Annual report on the health of the army in India
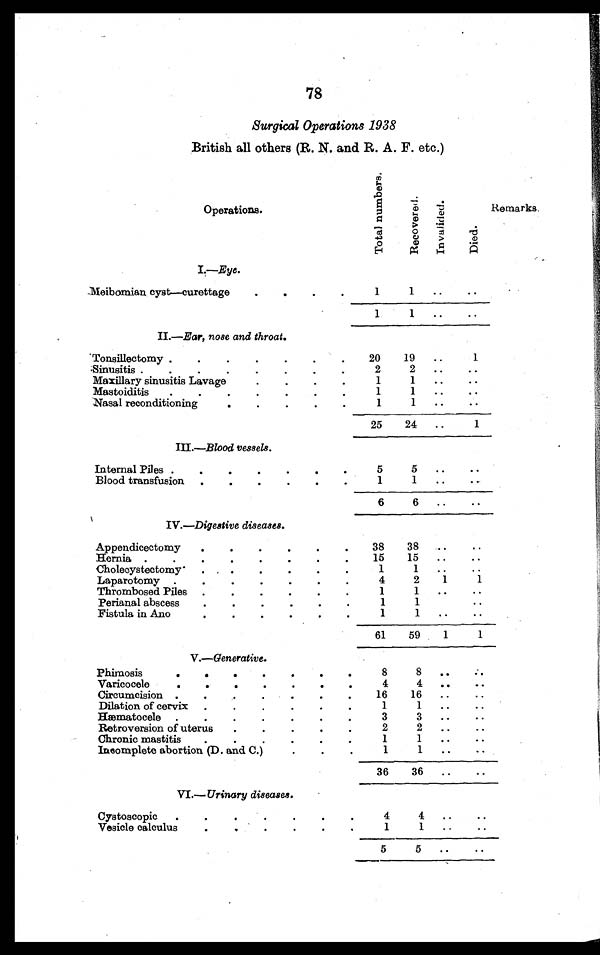
78
Surgical Operations 1938
British all others (R. N. and R. A. F. etc.)
Operations.
T o t a l n u m b e r s .
R e c o v e r e d .
I n v a l i d e d .
D i e d .
Remarks.
I.—Eye.
Meibomian cyst—curettage . . .
1
1
. . .
. . .
1
1
. . .
. . .
II.—Ear, nose and throat.
Tonsillectomy . . .
20
19
. . .
1
2
2
. . .
1
Sinusitis . . .
1
1
Maxillary sinusitis Lavage . . .
. . .
. . .
1
1
Mastoiditis . . .
. . .
. . .
1
1
Nasal reconditioning . . .
. . . . . .
25
24
. . .
1
III. —Blood vessels.
Internal Piles . . .
5
5
. . .
. . .
1
1
Blood transfusion . . .
. . .
. . .
6
6
. . .
. . .
IV.—Digestive diseases.
Appendicectomy . . .
38
38
. . .
. . .
15
15
. . .
. . .
Hernia . . .
1
1
. . . . .
. . .
Cholecystectomy. . .
1
2
1
4
Laparotomy . . .
1
1
Thrombosed Piles . . .
. . .
. . .
1
1
Perianal abscess . . .
. . .
. . .
1
1
F i s t u l a i n A n o . . .
. . .
. ..
61
59
1
1
V.—Generative.
Phimosis . . .
8
8
. . .
. . ..
Varicocele . . .
4
4
. . .
. . .
16
16
Circumcision . . .
. . .
. . .
1
1
Dilation of cervix . . .
. . .
. . .
3
3
Hæmatocele . . .
. . .
. . .
2
2
Retroversion of uterus . . .
. . .
. . .
1
1
Chronic mastitis . . .
. . .
. . . . . .
1
1
Incomplete abortion (D. and C.) . . .
. . .
. . .
36
36
. . .
. . .
VI.— Urinary diseases.
Cystoscopic . . .
4
4
. . . . . .
1
1
Vesicle calculus . . .
. . . . . .
5
5
. . .
. . .